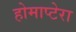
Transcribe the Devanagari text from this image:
होमाप्टेरा